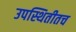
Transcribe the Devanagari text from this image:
उपस्थितीतच